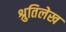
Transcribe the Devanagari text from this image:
श्रुतिलेख